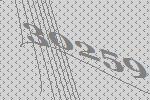
30259